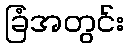
ခြံအတွင်း